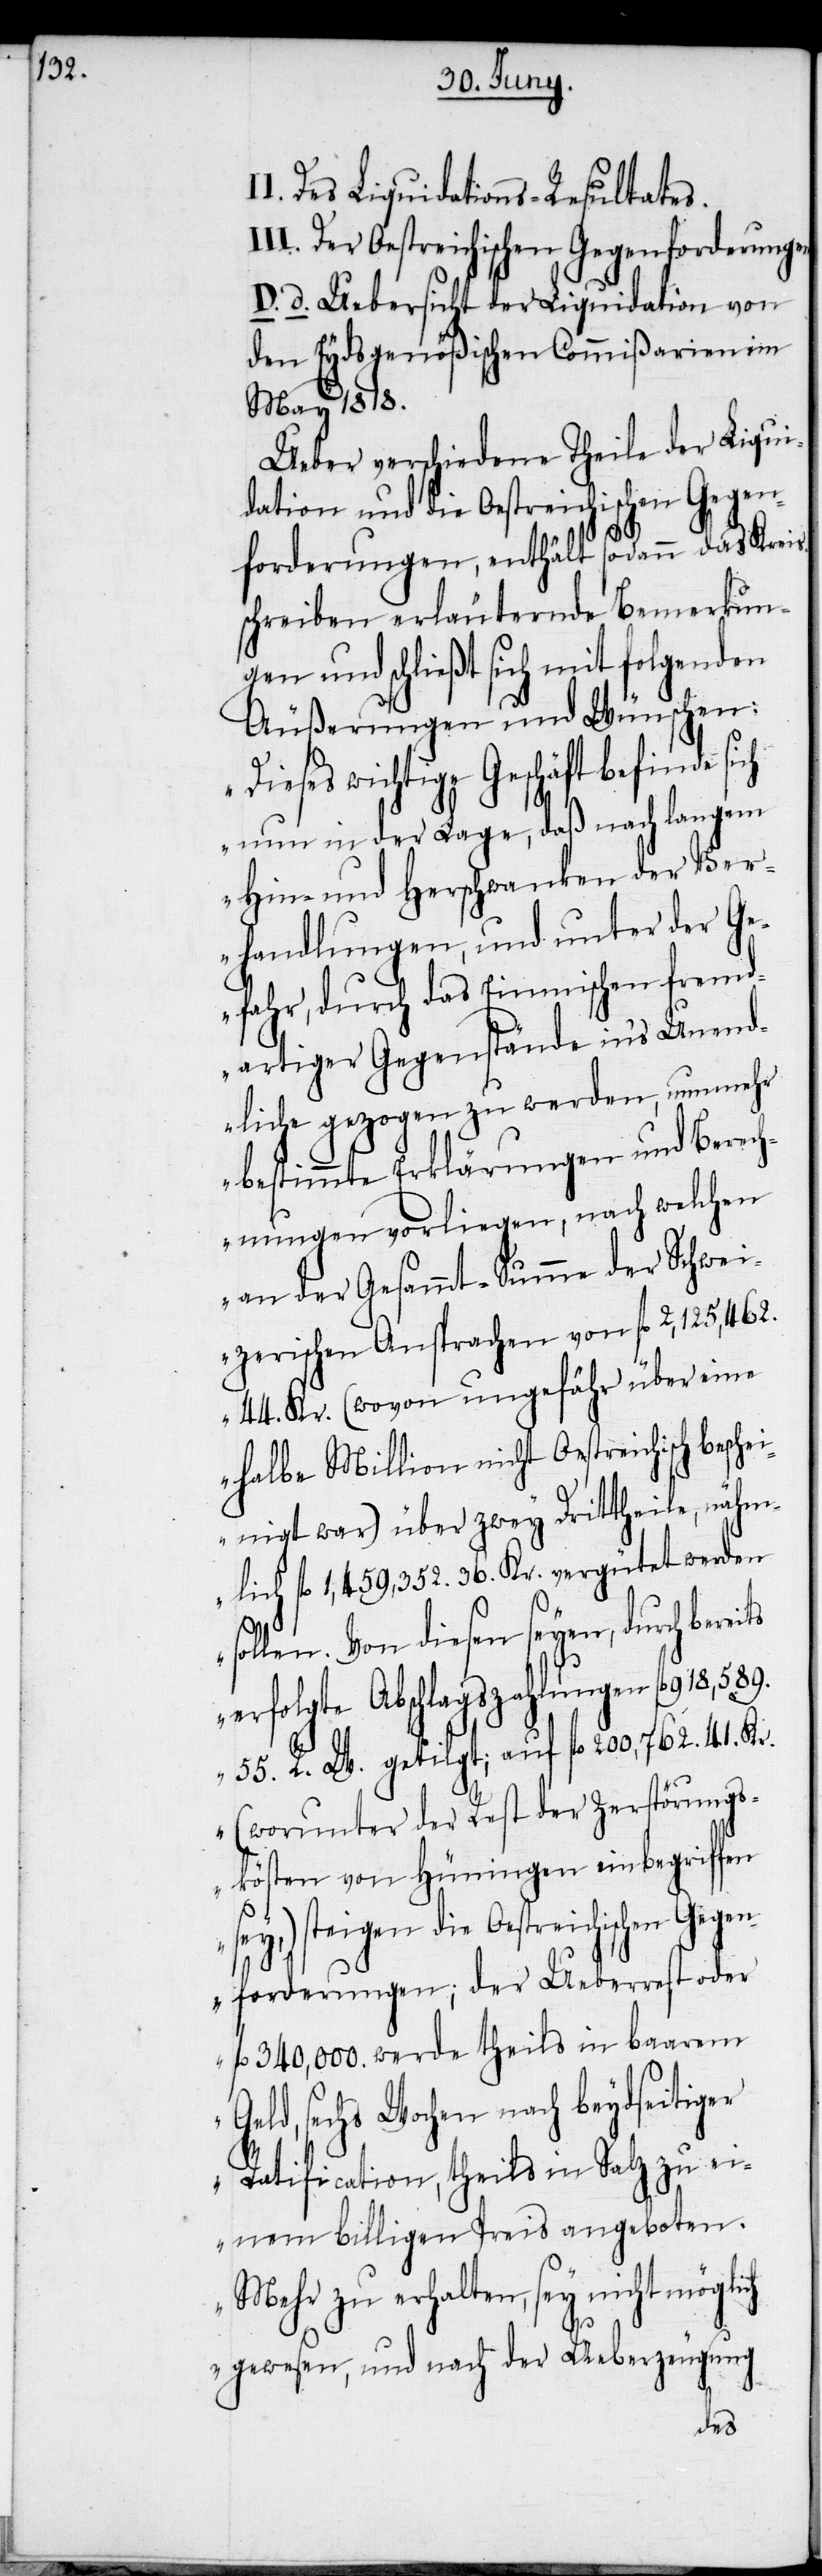
I. Des Liquidations-Resultates.
II. Der Oestreichischen Gegenforderungen.
D. d. Uebersicht der Liquidation von
den Eydsgenößischen Commißarien im
May 1818.
Ueber verschiedene Theile der Liqui¬
dation und die Oestreichischen Gegen¬
forderungen, enthält sodann das Kreis¬
schreiben erläuternde Bemerkun¬
gen und schließt sich mit folgenden
Äußerungen und Wünschen:
„Dieses wichtige Geschäft befinde
nun in der Lage, daß nach langem
Hin- und Herschwanken der Ver¬
handlungen, und unter der Ge¬
fahr, durch das Einmischen fremd¬
artiger Gegenstände in’s Unend¬
liche gezogen zu werden, nunmehr
bestimmte Erklärungen und Berech¬
nungen vorliegen, nach welchen
an der Gesammt-Summe der Schwei¬
zerischen Ansprachen von fl 2,125,462.
44. Kr. (wovon ungefähr über eine
halbe Million nicht Oestreichisch besc¬
heinigt war) über zwey Drittheile, nähm¬
lich fl 1,459,352. 36. Kr. vergütet werden
sollen. Von diesen seyen, durch
erfolgte Abschlagszahlungen fl 918,589.
55. R. W. getilgt; auf fl 200,762. 41. Kr.
(worunter der Rest der Zerstörungs¬
kösten von Hüningen einbegriffen
sey,) steigen die Oestreichischen Geg¬
enforderungen; der Ueberrest oder
fl 340,000. werde theils in baarem
Geld, sechs Wochen nach beydseitiger
Ratification, theils in Salz zu ei¬
nem billigen Preis angeboten.
Mehr zu erhalten, sey nicht mögli¬
I¬
ch gewesen, und nach der Ueberzeugung